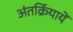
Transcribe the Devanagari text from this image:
अंतर्क्रियायें